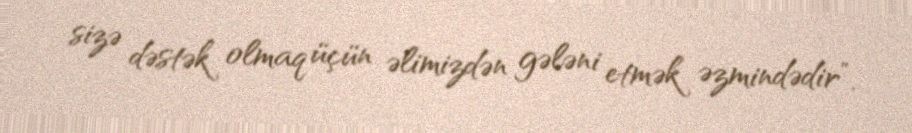
sizə dəstək olmaq üçün əlimizdən gələni etmək əzmindədir”.